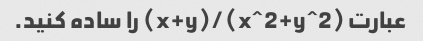
عبارت (x^2+y^2)/(x+y) را ساده کنید.